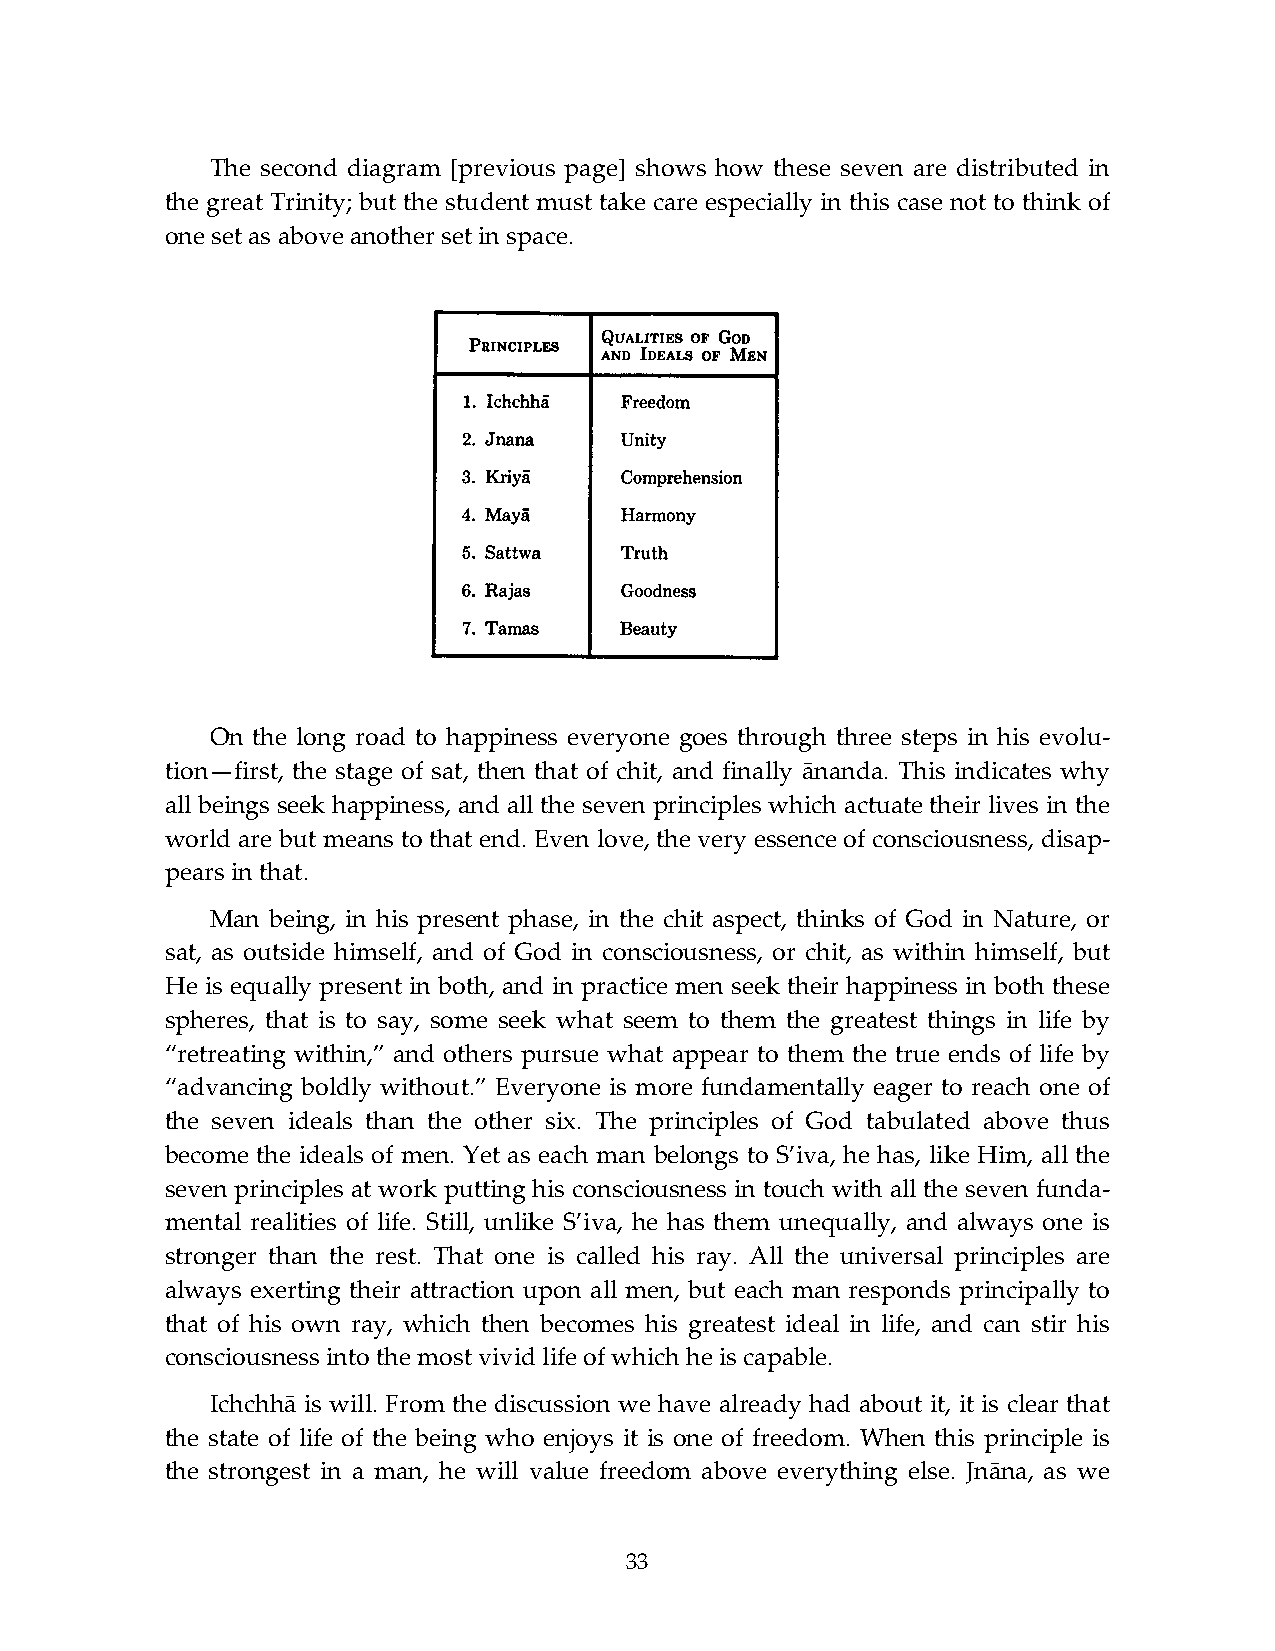
The second diagram [previous page] shows how these seven are distributed in
 the great Trinity; but the student must take care especially in this case not to think of
 one set as above another set in space.
 On the long road to happiness everyone goes through three steps in his evolu-
 tion—first, the stage of sat, then that of chit, and finally ānanda. This indicates why
 all beings seek happiness, and all the seven principles which actuate their lives in the
 world are but means to that end. Even love, the very essence of consciousness, disap-
 pears in that.
 Man being, in his present phase, in the chit aspect, thinks of God in Nature, or
 sat, as outside himself, and of God in consciousness, or chit, as within himself, but
 He is equally present in both, and in practice men seek their happiness in both these
 spheres, that is to say, some seek what seem to them the greatest things in life by
 “retreating within,” and others pursue what appear to them the true ends of life by
 “advancing boldly without.” Everyone is more fundamentally eager to reach one of
 the seven ideals than the other six. The principles of God tabulated above thus
 become the ideals of men. Yet as each man belongs to S’iva, he has, like Him, all the
 seven principles at work putting his consciousness in touch with all the seven funda-
 mental realities of life. Still, unlike S’iva, he has them unequally, and always one is
 stronger than the rest. That one is called his ray. All the universal principles are
 always exerting their attraction upon all men, but each man responds principally to
 that of his own ray, which then becomes his greatest ideal in life, and can stir his
 consciousness into the most vivid life of which he is capable.
 Ichchhā is will. From the discussion we have already had about it, it is clear that
 the state of life of the being who enjoys it is one of freedom. When this principle is
 the strongest in a man, he will value freedom above everything else. Jnāna, as we
 33